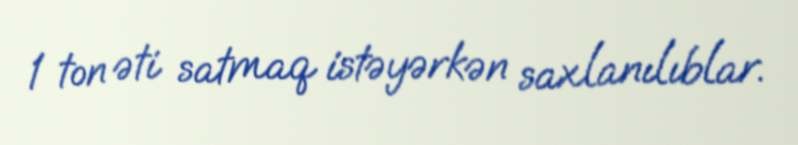
1 ton əti satmaq istəyərkən saxlanılıblar.